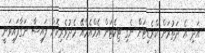
އަދި އެ ދަތުރަށް ކްރެޑިޓަށް ނެގި ޓިކެޓަށް އެމްއެމްއޭ މެދުވެރިކޮށް ފައިސާ ނަގާފައިވަނީ